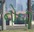
નોબી